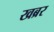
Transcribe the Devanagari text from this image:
खब्रर